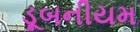
ડૂબનીયમ